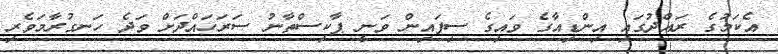
އެކަމުގެ ރައްދުގައި އިންޑިއާގެ ވައިގެ ސިފައިން ވަނީ ޕާކިސްތާނު ސަރަހައްދަށް ވަދެ ހަނގުރާމަވެރި